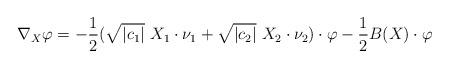
LaTeX: \begin{align*}\nabla_X \varphi = -\frac{1}{2} (\sqrt{|c_1|}\ X_1 \cdot \nu_1 + \sqrt{|c_2|}\ X_2 \cdot \nu_2)\cdot\varphi - \frac{1}{2}B(X)\cdot \varphi\end{align*}